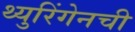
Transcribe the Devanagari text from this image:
थ्युरिंगेनची